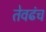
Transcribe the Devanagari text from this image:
तेवढंच